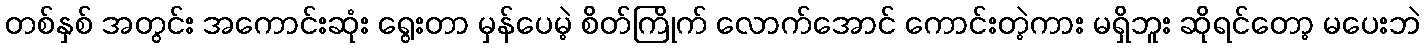
တစ်နှစ် အတွင်း အကောင်းဆုံး ရွေးတာ မှန်ပေမဲ့ စိတ်ကြိုက် လောက်အောင် ကောင်းတဲ့ကား မရှိဘူး ဆိုရင်တော့ မပေးဘဲ